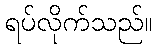
ရပ်လိုက်သည်။